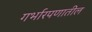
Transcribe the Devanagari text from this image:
गर्भारपणातील